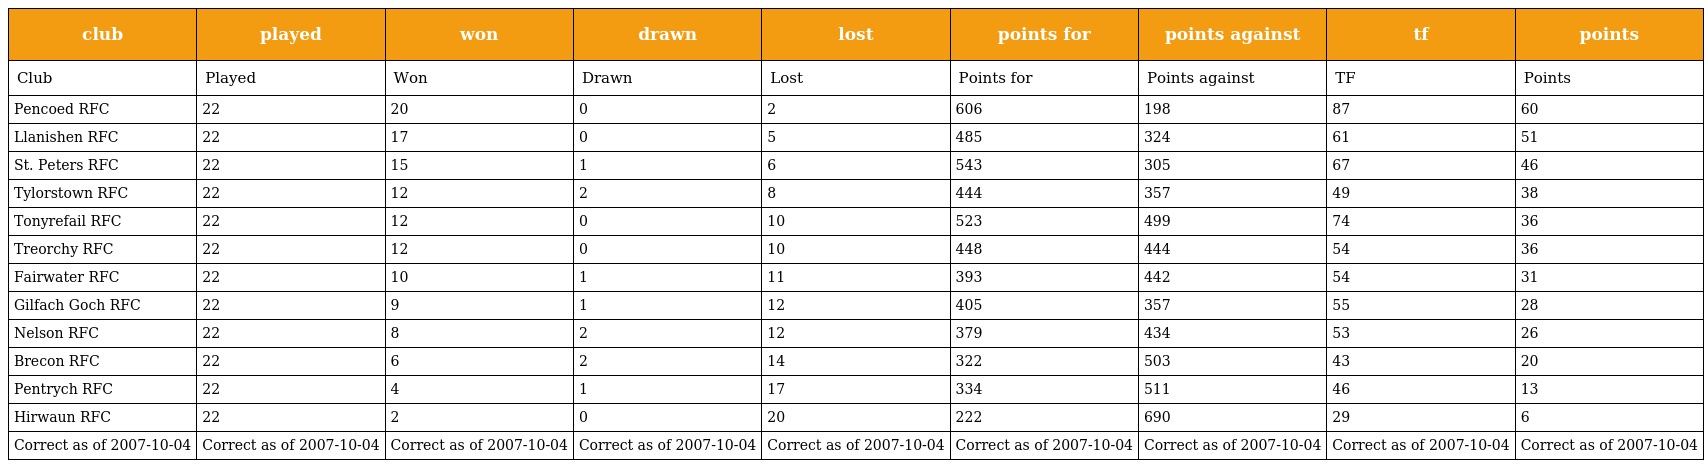
| club | played | won | drawn | lost | points for | points against | tf | points |
 | --- | --- | --- | --- | --- | --- | --- | --- | --- |
 | Club | Played | Won | Drawn | Lost | Points for | Points against | TF | Points |
 | Pencoed RFC | 22 | 20 | 0 | 2 | 606 | 198 | 87 | 60 |
 | Llanishen RFC | 22 | 17 | 0 | 5 | 485 | 324 | 61 | 51 |
 | St. Peters RFC | 22 | 15 | 1 | 6 | 543 | 305 | 67 | 46 |
 | Tylorstown RFC | 22 | 12 | 2 | 8 | 444 | 357 | 49 | 38 |
 | Tonyrefail RFC | 22 | 12 | 0 | 10 | 523 | 499 | 74 | 36 |
 | Treorchy RFC | 22 | 12 | 0 | 10 | 448 | 444 | 54 | 36 |
 | Fairwater RFC | 22 | 10 | 1 | 11 | 393 | 442 | 54 | 31 |
 | Gilfach Goch RFC | 22 | 9 | 1 | 12 | 405 | 357 | 55 | 28 |
 | Nelson RFC | 22 | 8 | 2 | 12 | 379 | 434 | 53 | 26 |
 | Brecon RFC | 22 | 6 | 2 | 14 | 322 | 503 | 43 | 20 |
 | Pentrych RFC | 22 | 4 | 1 | 17 | 334 | 511 | 46 | 13 |
 | Hirwaun RFC | 22 | 2 | 0 | 20 | 222 | 690 | 29 | 6 |
 | Correct as of 2007-10-04 | Correct as of 2007-10-04 | Correct as of 2007-10-04 | Correct as of 2007-10-04 | Correct as of 2007-10-04 | Correct as of 2007-10-04 | Correct as of 2007-10-04 | Correct as of 2007-10-04 | Correct as of 2007-10-04 |